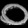
Digit: ၀